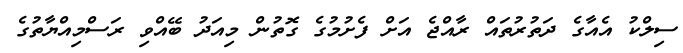
ސިލްކު އެއާގެ ދަތުރުތައް ރާއްޖެ އަށް ފެށުމުގެ ގޮތުން މިއަދު ބޭއްވި ރަސްމިއްޔާތުގެ